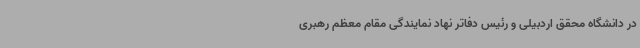
در دانشگاه محقق اردبیلی و رئیس دفاتر نهاد نمایندگی مقام معظم رهبری